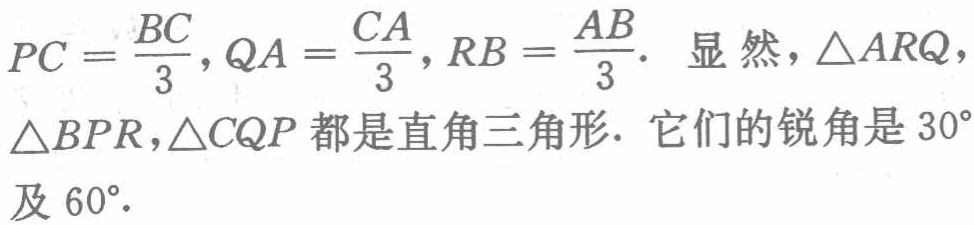
$PC = \frac{BC}{3}, QA = \frac{CA}{3}, RB = \frac{AB}{3}.$ 显然，$\triangle ARQ,$ $\triangle BPR,\triangle CQP$ 都是直角三角形. 它们的锐角是 $30^{\circ}$ 及 $60^{\circ}.$